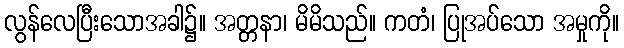
လွန်လေပြီးသောအခါ၌။ အတ္တနာ၊ မိမိသည်။ ကတံ၊ ပြုအပ်သော အမှုကို။